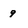
Character: 9